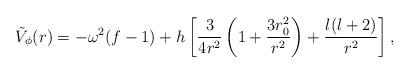
LaTeX: \begin{align*}\tilde V_\phi(r) = - \omega^2 (f -1) + h \left [ { 3 \over 4 r^2 } \left (1 + { 3 r_0^2 \over r^2} \right ) + { l(l+2) \over r^2 }\right ],\end{align*}